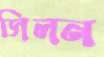
সিলন